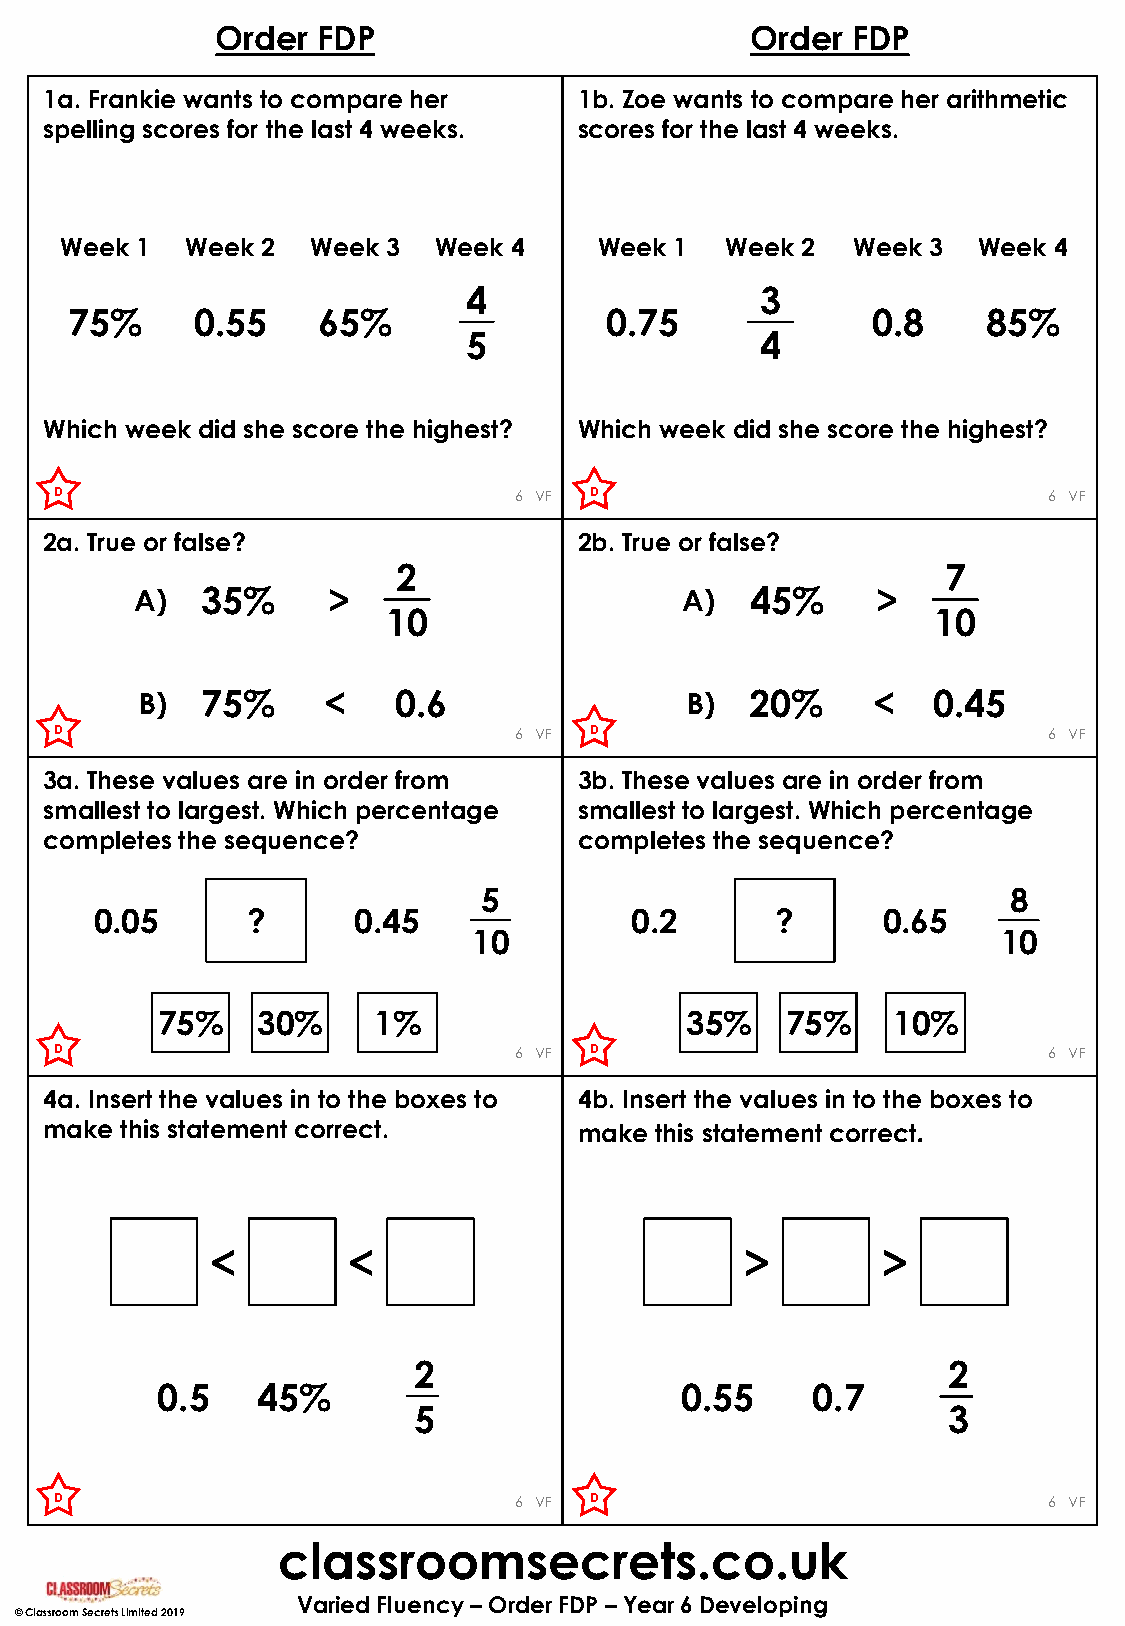
Order  FDP                          Order FDP
 1a. Frankie wants to compare her   1b. Zoe wants to compare her arithmetic
 spelling scores for the last 4 weeks. scores for the last 4 weeks.
 Week 1  Week 2   Week 3  Week 4     Week 1  Week 2  Week  3  Week 4
 4                  3
 75%     0.55    65%                0.75              0.8    85%
 5                  4
 Which week did she score the highest? Which week did she score the highest?
 D                             6 VF D                             6 VF
 2a. True or false?                 2b. True or false?
 2                                    7
 A)  35%      >                      A)   45%     >
 10                                  10
 B)  75%     <    0.6                B)   20%     <   0.45
 D                             6 VF D                             6 VF
 3a. These values are in order from 3b. These values are in order from
 smallest to largest. Which percentage smallest to largest. Which percentage
 completes the sequence?            completes the sequence?
 5                                  8
 0.05      ?      0.45               0.2      ?      0.65
 10                                 10
 75%    30%     1%                  35%    75%    10%
 D                             6 VF D                             6 VF
 4a. Insert the values in to the boxes to 4b. Insert the values in to the boxes to
 make this statement correct.       make this statement correct.
 <        <                         >        >
 2                                   2
 0.5    45%                         0.55     0.7
 5                                   3
 D                             6 VF D                             6 VF
 classroomsecrets.co.uk
 Varied Fluency – Order FDP – Year 6 Developing
 © Classroom Secrets Limited 2019